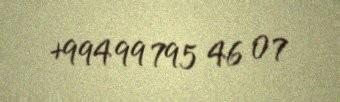
+994 99 795 46 07